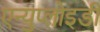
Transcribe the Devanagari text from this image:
एन्युप्लोइडी